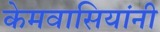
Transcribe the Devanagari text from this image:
केमवासियांनी